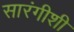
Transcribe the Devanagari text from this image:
सारंगीशी